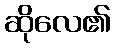
ဆိုလေ၏